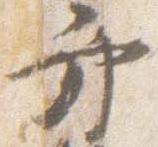
弁